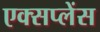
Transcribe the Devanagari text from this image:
एक्सप्लेंस